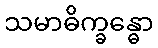
သမာဓိက္ခန္ဓော